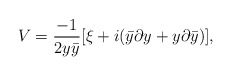
\begin{align*}V ={-1\over {2y\bar{y}}}[\xi +i(\bar{y}\partial y+ y \partial \bar{y})],\end{align*}